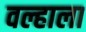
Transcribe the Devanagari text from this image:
वल्हाला